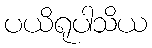
ပယိရုပါသိယ